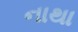
નાથા